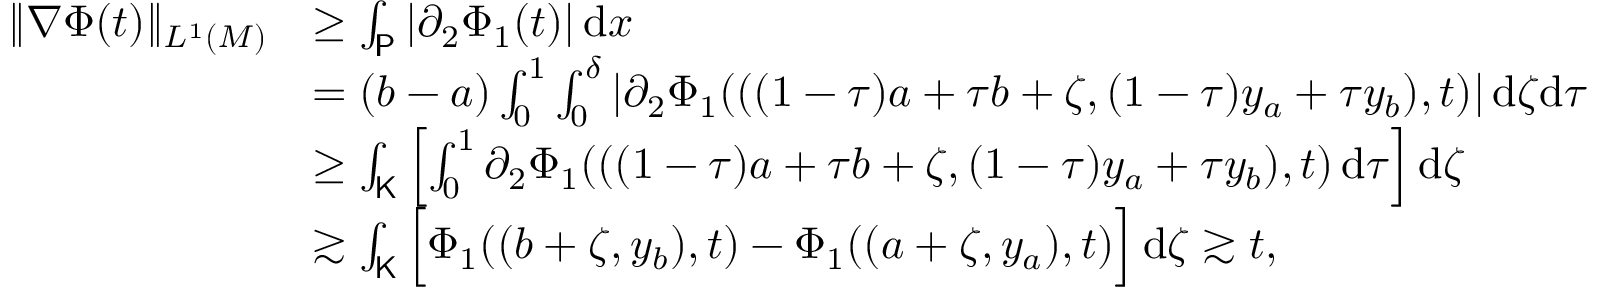
\begin{array} { r l } { \Vert \nabla \Phi ( t ) \Vert _ { L ^ { 1 } ( M ) } } & { \ge \int _ { \mathsf { P } } | \partial _ { 2 } \Phi _ { 1 } ( t ) | \, \mathrm { d } x } \\ & { = ( b - a ) \int _ { 0 } ^ { 1 } \int _ { 0 } ^ { \delta } | \partial _ { 2 } \Phi _ { 1 } ( ( ( 1 - \tau ) a + \tau b + \zeta , ( 1 - \tau ) y _ { a } + \tau y _ { b } ) , t ) | \, \mathrm { d } \zeta \mathrm { d } \tau } \\ & { \ge \int _ { \mathsf { K } } \left[ \int _ { 0 } ^ { 1 } \partial _ { 2 } \Phi _ { 1 } ( ( ( 1 - \tau ) a + \tau b + \zeta , ( 1 - \tau ) y _ { a } + \tau y _ { b } ) , t ) \, \mathrm { d } \tau \right] \mathrm { d } \zeta } \\ & { \gtrsim \int _ { \mathsf { K } } \Big [ \Phi _ { 1 } ( ( b + \zeta , y _ { b } ) , t ) - \Phi _ { 1 } ( ( a + \zeta , y _ { a } ) , t ) \Big ] \, \mathrm { d } \zeta \gtrsim t , } \end{array}